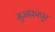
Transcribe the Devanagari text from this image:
मुज्जफ़रपुर